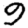
Digit: 9